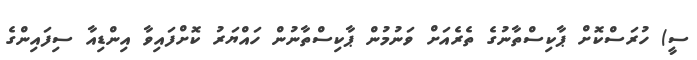
ސީ) ހުރަސްކޮށް ޕާކިސްތާނުގެ ތެރެއަށް ވަނުމުން ޕާކިސްތާނުން ހައްޔަރު ކޮށްފައިވާ އިންޑިއާ ސިފައިންގެ